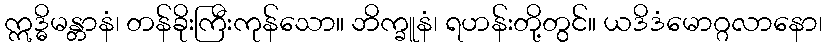
ဣဒ္ဓိမန္တာနံ၊ တန်ခိုးကြီးကုန်သော။ ဘိက္ခူနံ၊ ရဟန်းတို့တွင်။ ယဒိဒံမောဂ္ဂလာနော၊